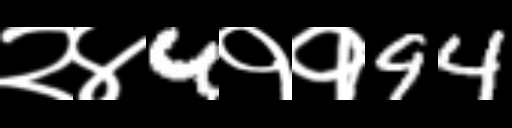
Text: २४4११94